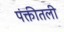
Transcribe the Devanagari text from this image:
पंक्तीतली